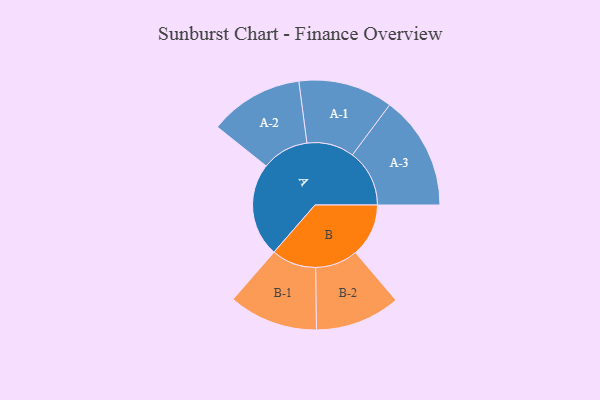
{"axis": {"x": "Segment", "y": "Value"}, "legend": ["", "A", "B"], "data": [{"x": "A", "y": 355, "type": ""}, {"x": "B", "y": 201, "type": ""}, {"x": "A-1", "y": 179, "type": "A"}, {"x": "A-2", "y": 178, "type": "A"}, {"x": "A-3", "y": 216, "type": "A"}, {"x": "B-1", "y": 169, "type": "B"}, {"x": "B-2", "y": 161, "type": "B"}]}